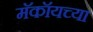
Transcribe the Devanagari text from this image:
मॅकॉयच्या